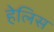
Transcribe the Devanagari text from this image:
हेलिस